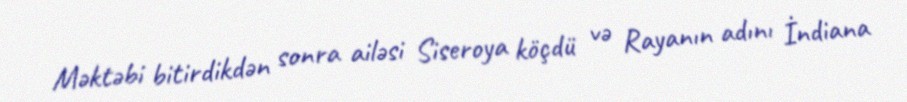
Məktəbi bitirdikdən sonra ailəsi Siseroya köçdü və Rayanın adını İndiana